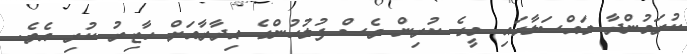
ކުރަމުންދާ މައްސަލާގައި މީގެ ކުރިން ވެސް ފުލުހުންގެ އިދާރާއަށް ހާޒިރު ކުރި އެވެ.